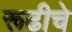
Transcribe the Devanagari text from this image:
रूढीचे